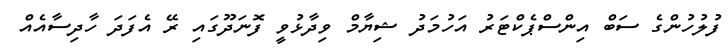
ފުލުހުންގެ ސަބް އިންސްޕެކްޓަރު އަހުމަދު ޝިޔާމް ވިދާޅުވީ ފޮނަދޫގައި ރޭ އެފަދަ ހާދިސާއެއް